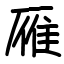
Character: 雁